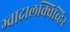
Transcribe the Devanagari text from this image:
ग्वादालक्विव्हिर